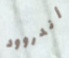
أندروود